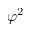
\varphi ^ { 2 }